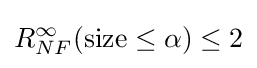
R_{NF}^{\infty }({\text{size}}\leq \alpha )\leq 2